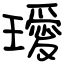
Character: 璦